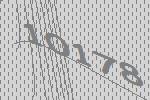
10178